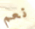
نعم